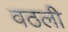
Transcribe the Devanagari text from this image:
वठली